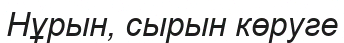
Нұрын, сырын көруге